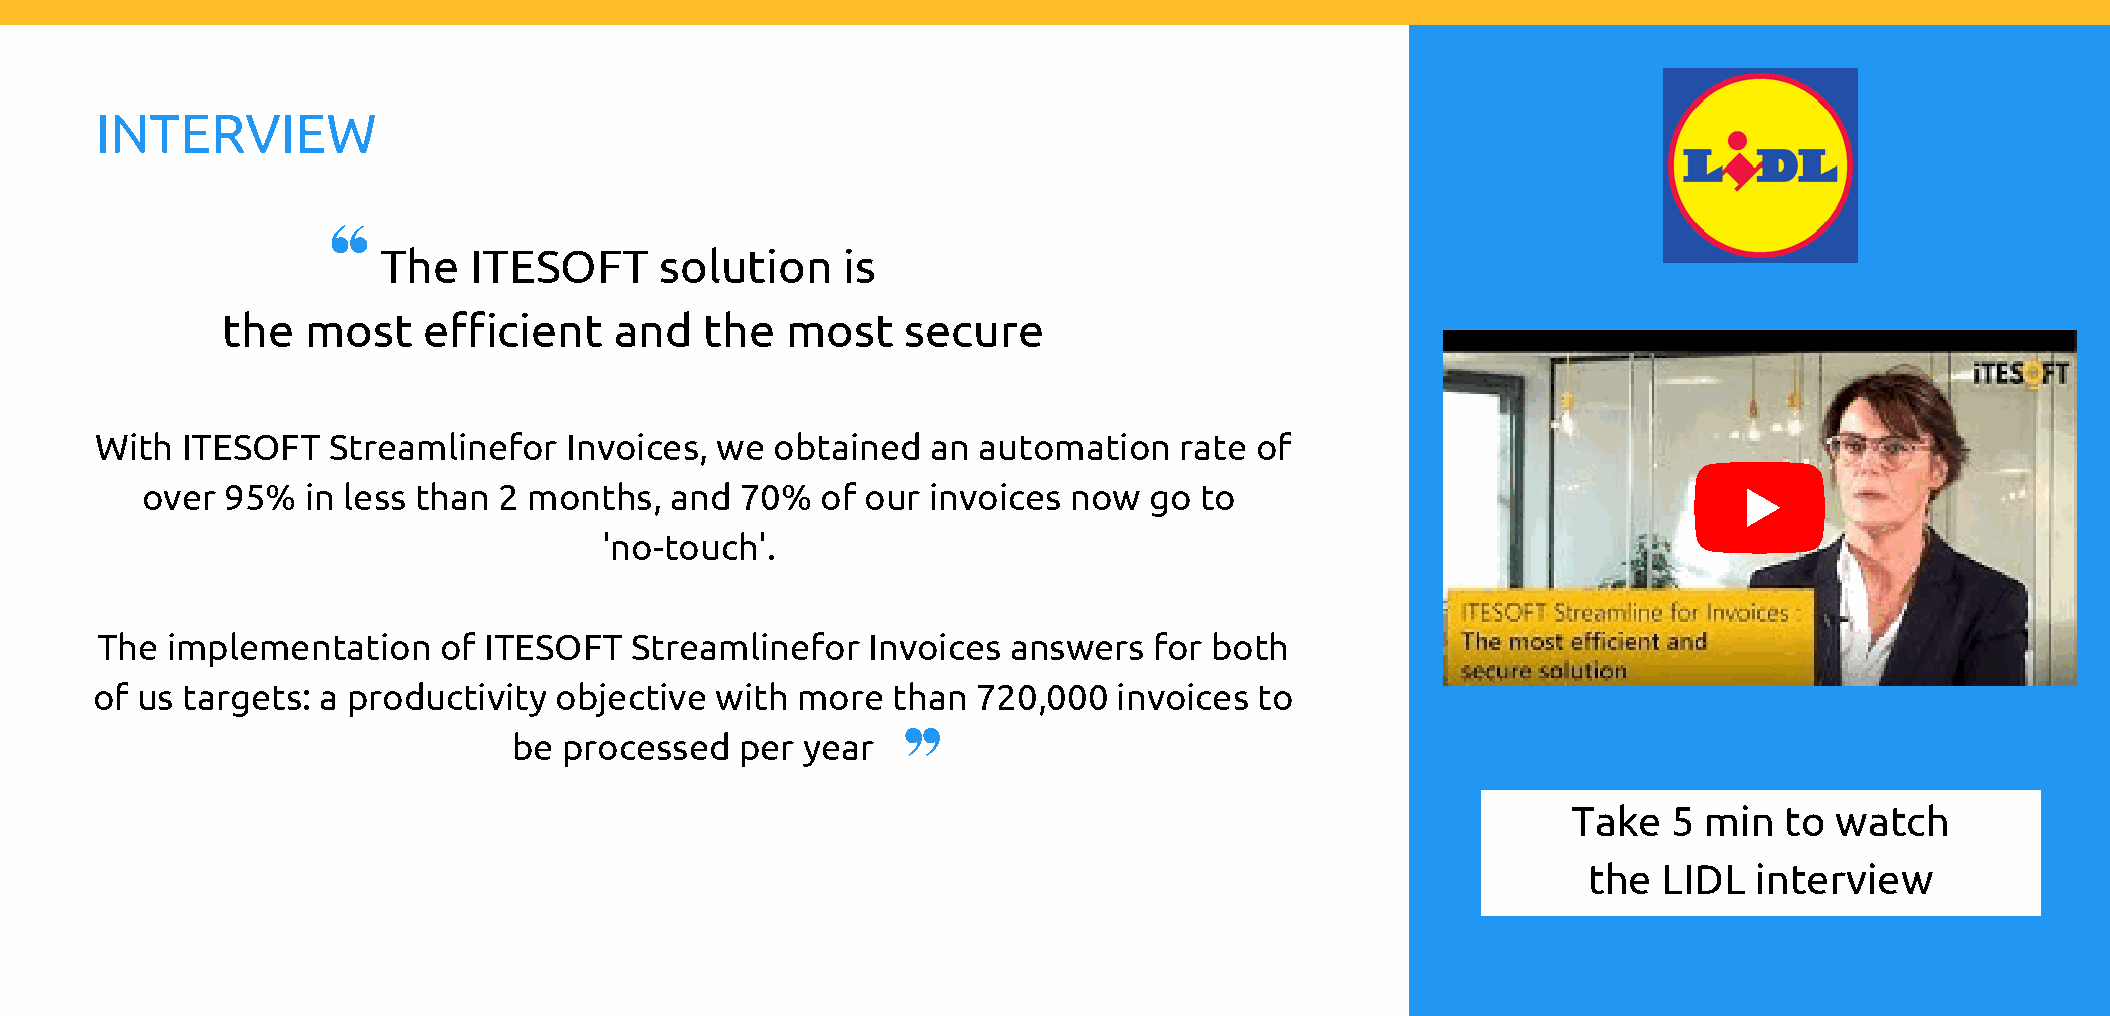
INTERVIEW
 The   ITESOFT      solution    is
 the  most    efficient    and   the  most    secure
 With  ITESOFT   Streamlinefor  Invoices, we  obtained   an automation   rate of
 over  95%  in less than 2 months,  and  70%  of our invoices  now  go to
 'no-touch'.
 The  implementation    of ITESOFT   Streamlinefor  Invoices  answers  for both
 of us targets: a productivity  objective with  more  than  720,000  invoices to
 be processed   per year
 Take   5 min  to watch
 the  LIDL  interview